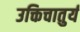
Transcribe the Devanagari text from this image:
उक्तिचातुर्य